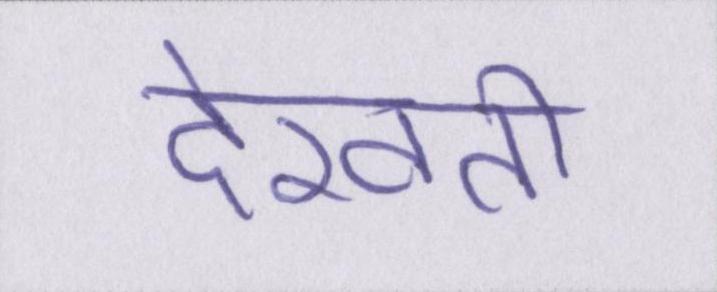
देखती